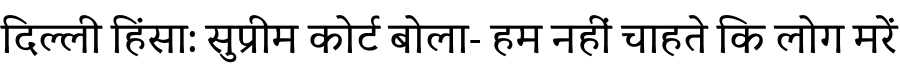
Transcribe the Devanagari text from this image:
दिल्ली हिंसा: सुप्रीम कोर्ट बोला- हम नहीं चाहते कि लोग मरें